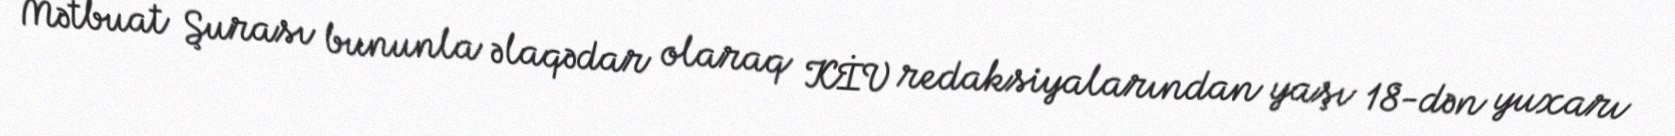
Mətbuat Şurası bununla əlaqədar olaraq KİV redaksiyalarından yaşı 18-dən yuxarı